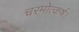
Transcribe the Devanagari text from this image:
चरमोत्कर्ष।